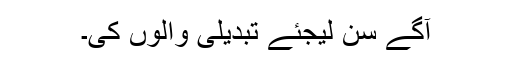
آگے سن لیجئے تبدیلی والوں کی۔